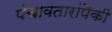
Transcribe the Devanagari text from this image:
पंचावतारांपैकी